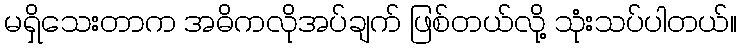
မရှိသေးတာက အဓိကလိုအပ်ချက် ဖြစ်တယ်လို့ သုံးသပ်ပါတယ်။